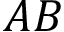
A B